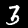
Digit: 3